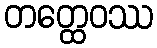
တတ္ထေဝဿ